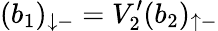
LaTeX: (b_{1})_{\downarrow-}=V_{2}^{\prime}(b_{2})_{\uparrow-}